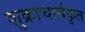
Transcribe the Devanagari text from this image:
शुक्राचार्यकृत